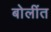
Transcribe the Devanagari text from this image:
बोलींत